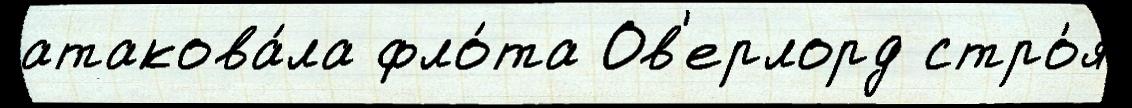
атакова́ла фло́та Ов'ерлорд стро́я